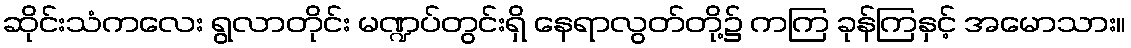
ဆိုင်းသံကလေး ရွလာတိုင်း မဏ္ဍပ်တွင်းရှိ နေရာလွတ်တို့၌ ကကြ ခုန်ကြနှင့် အမောသား။